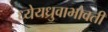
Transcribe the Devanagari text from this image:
ध्येयध्रुवाभोवती